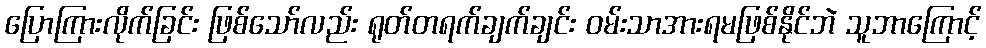
ပြောကြားလိုက်ခြင်း ဖြစ်သော်လည်း ရုတ်တရက်ချက်ချင်း ဝမ်းသာအားရမဖြစ်နိုင်ဘဲ သူဘာကြောင့်